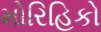
મોરિહિકો